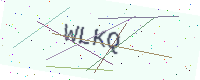
Text: WLKQ